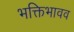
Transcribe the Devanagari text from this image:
भक्तिभावव